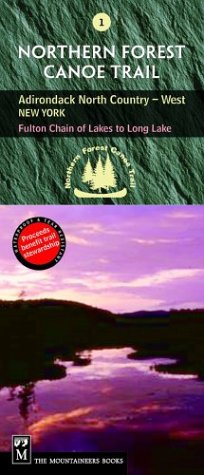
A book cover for Northern Forest Canoe Trail: Adirondack North Country (West), New York, Fulton Chain of Lakes to Long Lake (Northern Forest Canoe Trail Maps); Northern Forest Canoe Trail; Travel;